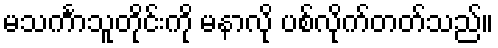
မသင်္ကာသူတိုင်းကို မနာလို ပစ်လိုက်တတ်သည်။